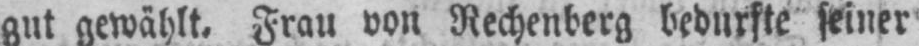
gut gewählt. Frau von Rechenberg bedurfte seiner